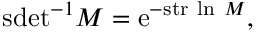
\mathrm { s d e t } ^ { - 1 } M = \mathrm { e } ^ { - \mathrm { s t r } \ \mathrm { l n } \ M } ,